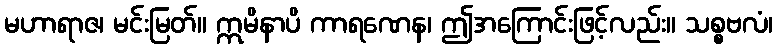
မဟာရာဇ၊ မင်းမြတ်။ ဣမိနာပိ ကာရဏေန၊ ဤအကြောင်းဖြင့်လည်း။ သစ္စဗလံ၊